Leningradi_Edasi_toimetus, lk 148
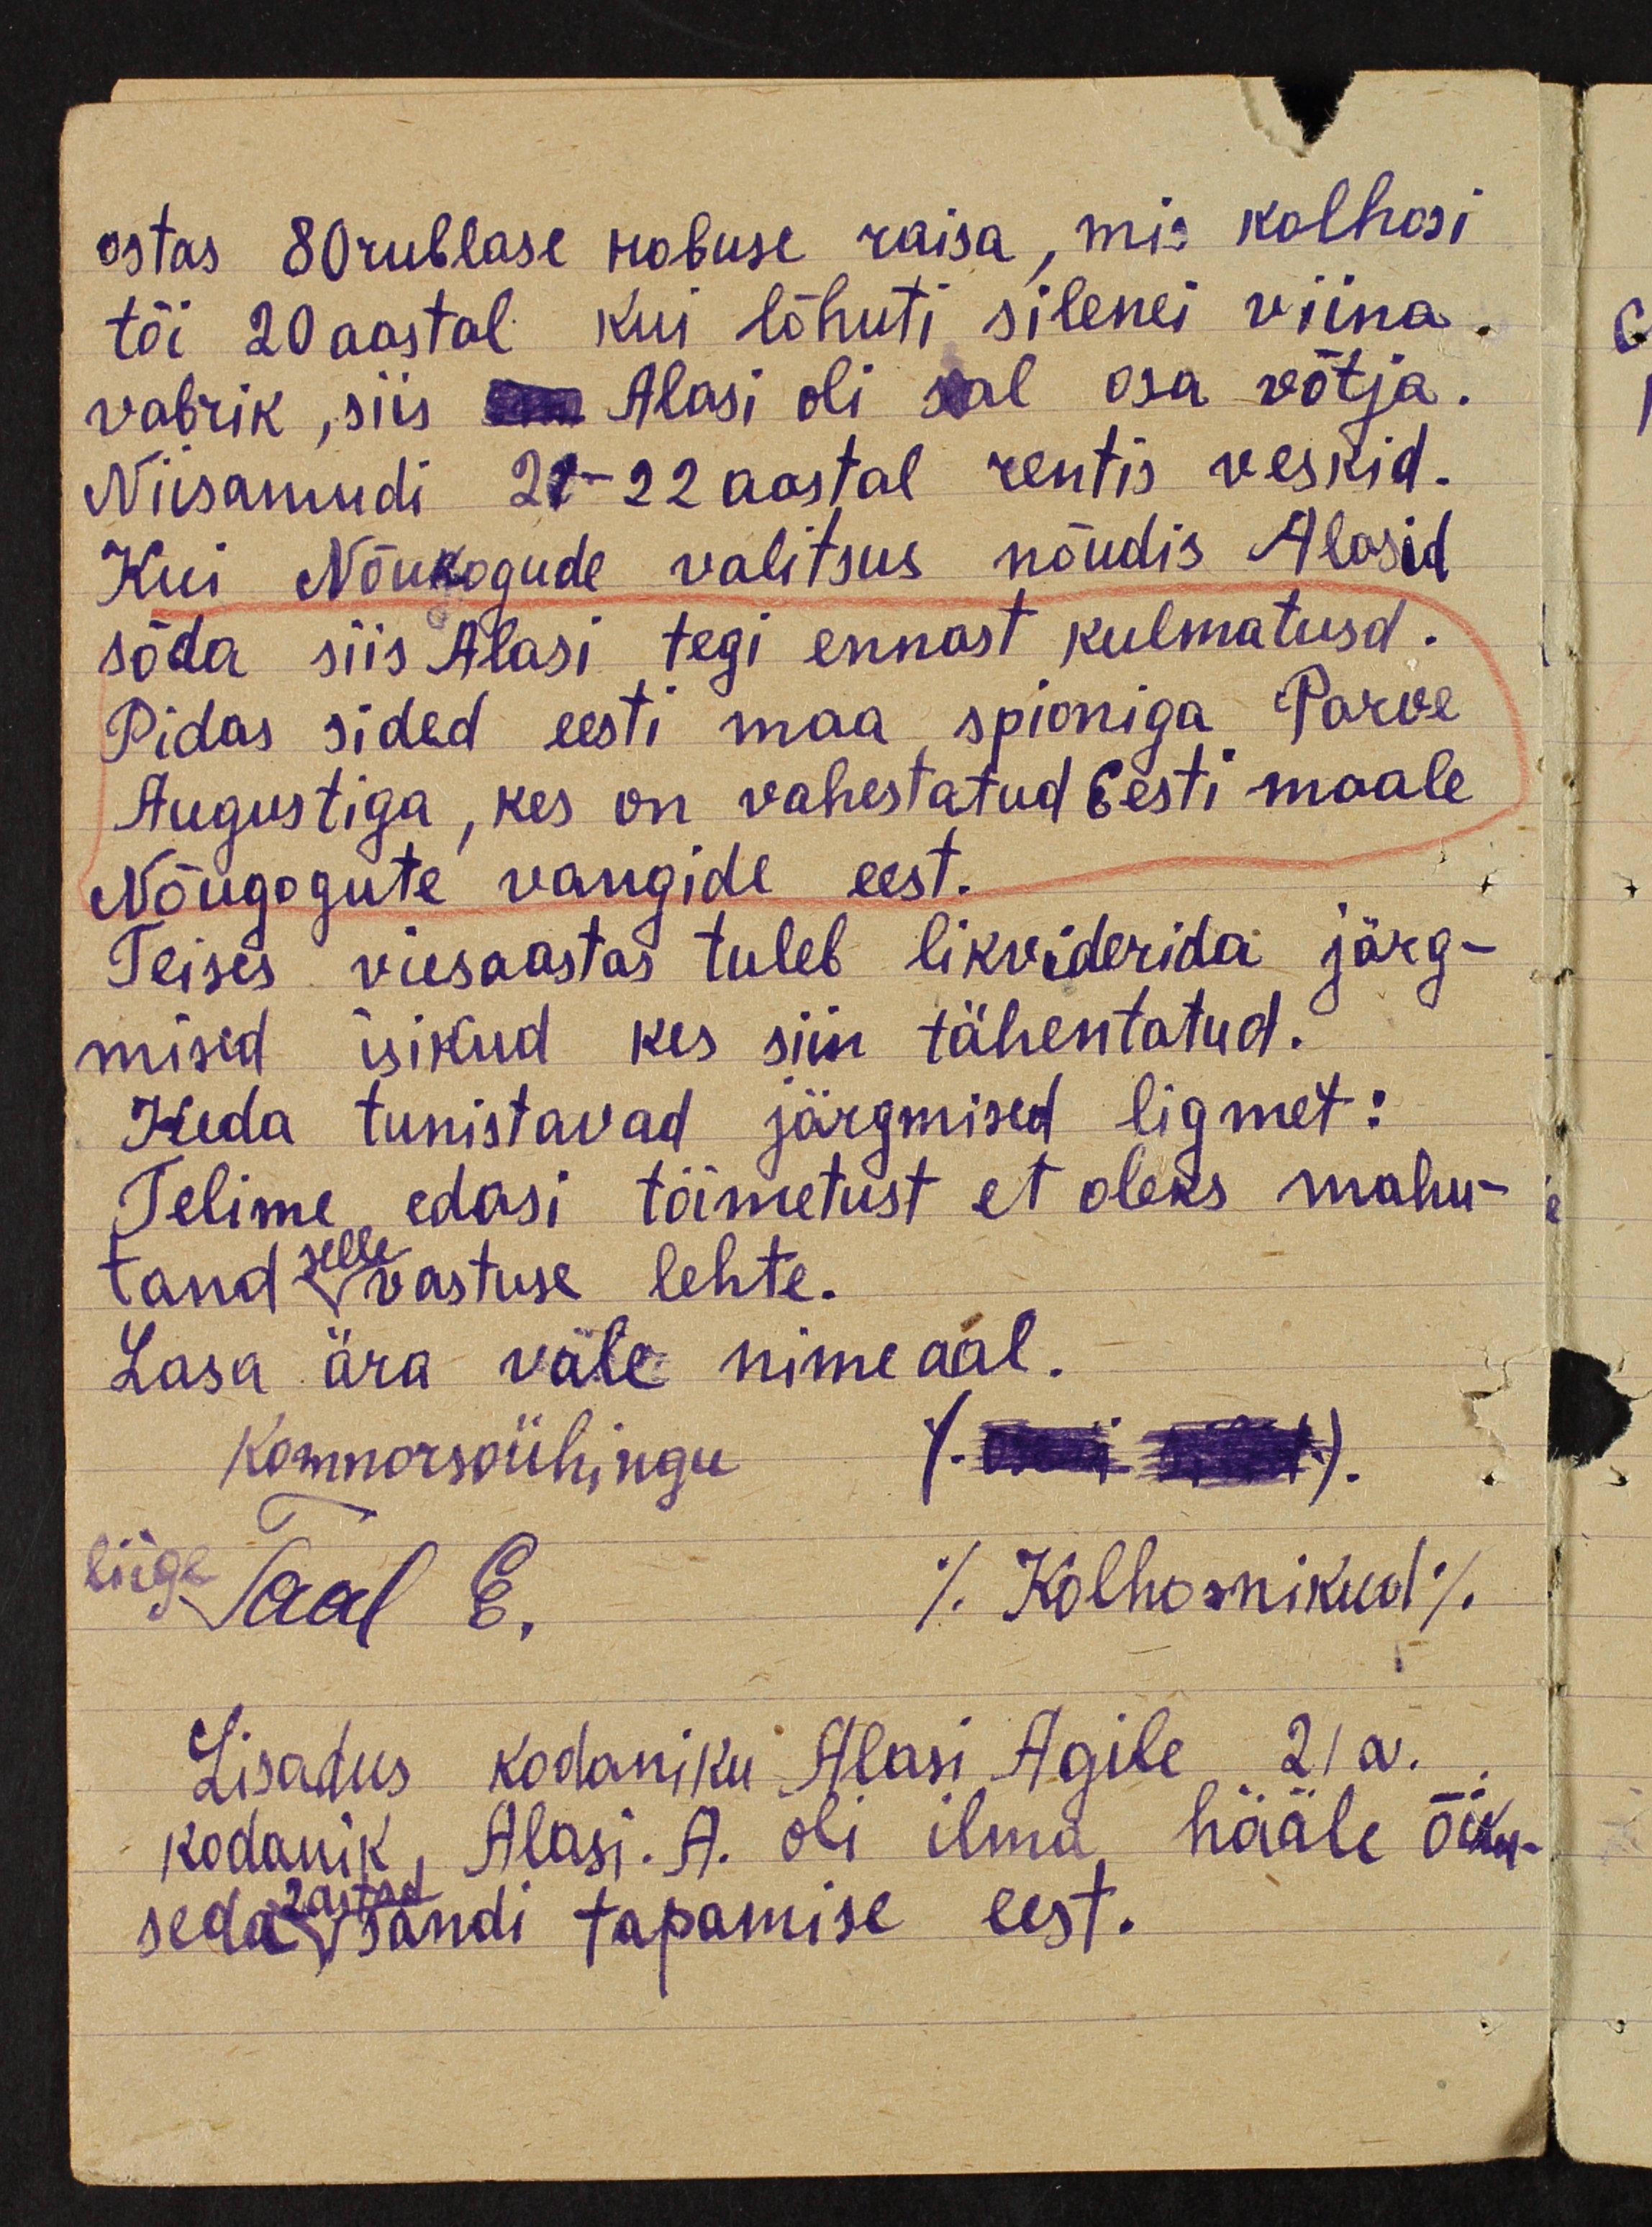
ostas 80 rublase hobuse raisa, mis kolhosi
tõi 20 aastal kui lõhuti silenei viina
vabrik, siis oma Alasi oli seal osa võtja.
Niisamudi 21-22 aastal rentis veskid.
Kui Nõukogude valitsus nõudis Alasid
sõda siis Alasi tegi ennast kulmatusd.
Pidas sided eesti maa spioniga Parve
Augustiga, kes on vahestatud Eesti maale
Nõugogute vangide eest.
Teises viisaastas tuleb likviderida järg-
mised isikud kes siin tähentatud.
Keda tunistavad järgmised ligmet:
Telime edasi tõimetust et oleks mahu-
tand selle vastuse lehte.
Lasa ära vale nime aal.
Komnorsoühingu (mü wäl).
liige Taal E. / Kolhosnikud /
Lisadus kodaniku Alasi Agile 21 a.
kodanik, Alasi. A. oli ilma hääle õiku-
seda sandi tapamise eest.
2 astad